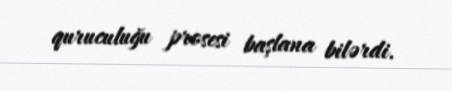
quruculuğu prosesi başlana bilərdi.